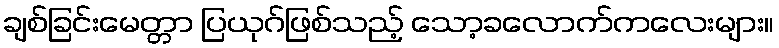
ချစ်ခြင်းမေတ္တာ ပြယုဂ်ဖြစ်သည့် သော့ခလောက်ကလေးများ။